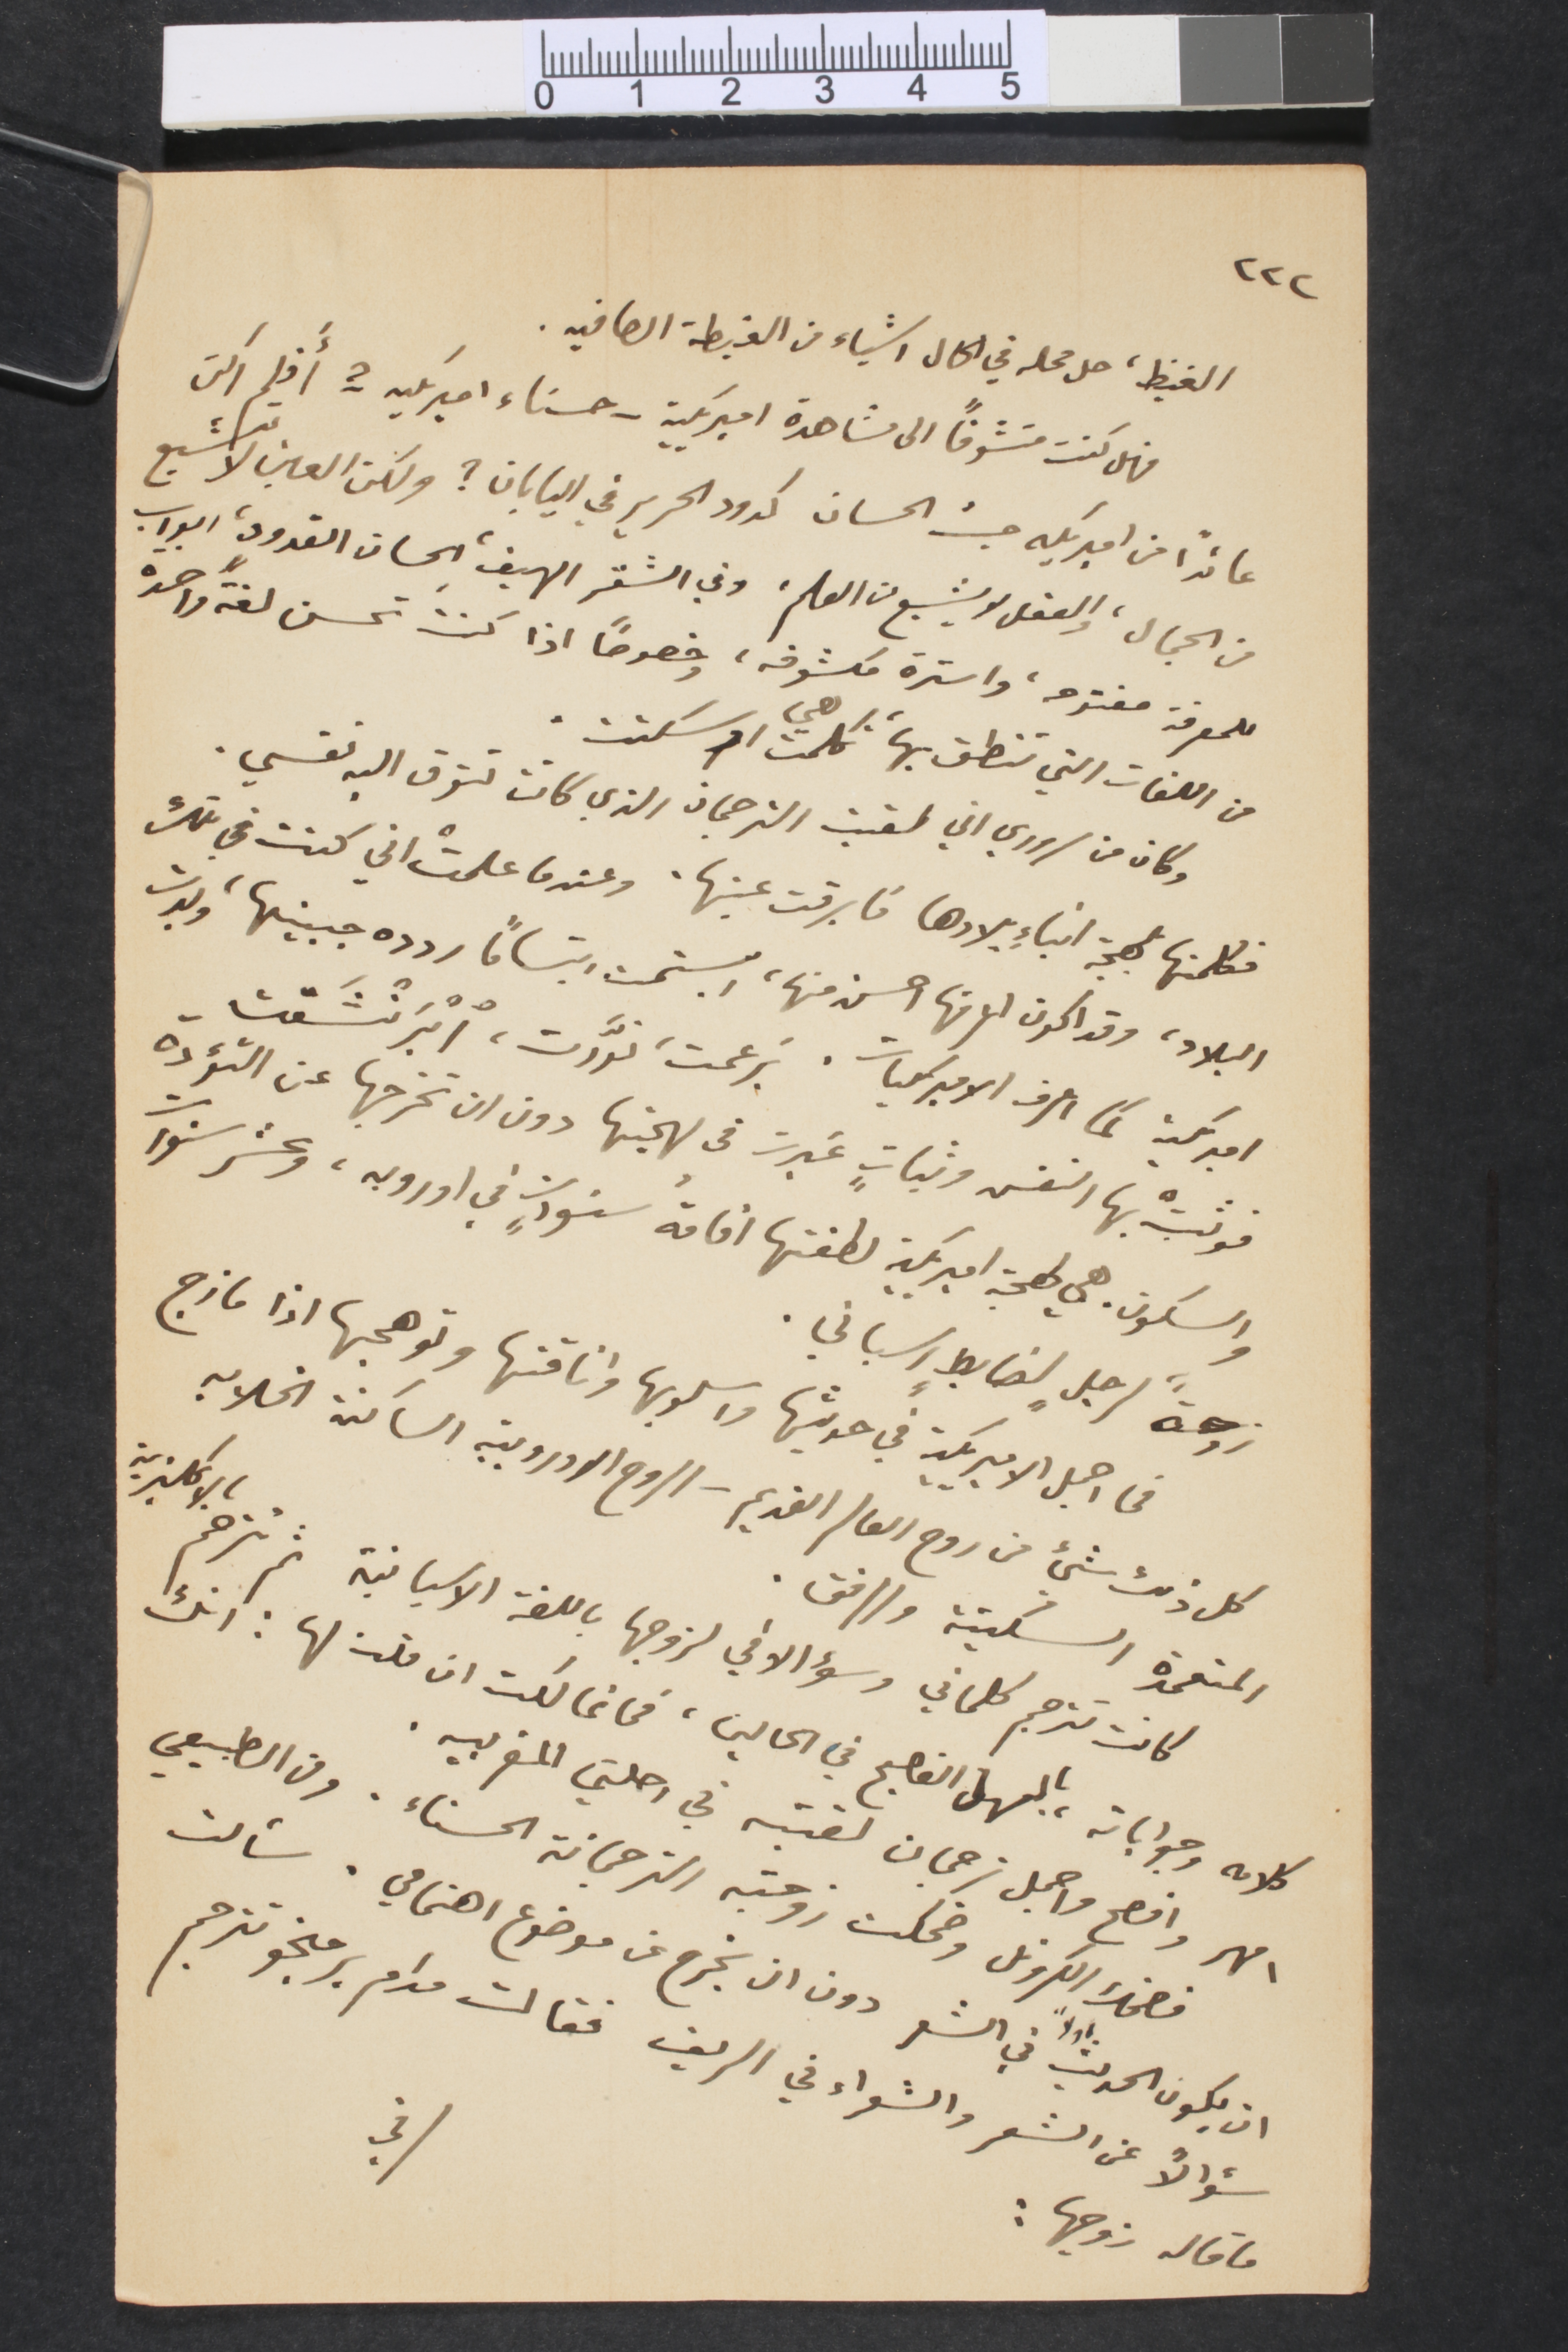
٢٢٢
الغيظ، حل محله في الحال اشياء من الغبطة الصافيه.
فهل كنت متشوقًا الى مشاهدة أميركية - حسناء أميركية - ؟ أَفلم ركن
عائدًا من اميركيه حيث الحسان كدود الحرير في اليابان؟ ولكن العين لا تشبع
من الجمال، والعقل لا يشبع من العلم، وفي الشقر الهيف الحسان القدون ابوآب
للمعرفة مفتوحه، واسترة مكشوفة، وخصوصًا اذا كنت تحسن لغة واحدة
من اللغات التي تنطق بها، تكلمت معي او سكتت.
وكان من سروري اني لقيت الترجمان الذي كانت تتوق اليه نفسي.
فكلمنها لهجة أبناء بلادها فأبرقت عينها. وعندما علمت اني كنت في تلك
البلاد، وقد اكون لامنها احسن منها، ابتسمت ابتسامًا ررده جبينها، وبدت
أميركية كما اعرف الاميركيات، برعمت، نوّرت، ابرَنُشتت.
فوثبت بها النفس وثبات غيرت في لهجتها دون ان تخرجها عن التؤدة
والسكون. هي لهجة اميركية لطفتها اقامة سنوات في اوروبه، وعشر سنوات
زوجة لرجل لضابط اسباني.
من اجمل الأميركية في حديثها واسلوبها واناقتها وتوهجها اذا مازج
كل ذلك شيء من روح العالم القديم  - الروح الاوروبية الساكنة الخلابة
المتعمدة السكينة والرفق.
كانت تترجم كلماتي وسؤالاتي لزوجها باللغة الاسبانية ثم تترجك بالانكليزية
كلامه وجواباته، بالمهل الفصيح في الحالين، فما تمالكت ان قلت لها: انك
امهر وافصح واجمل ترجمان لقيته في رحلتي المغربية.
فضحك الكلونل وضحكت زوجته الترجمانة الحسناء. ومن الطبيعي
في
ان يكون الحديث أولًأ في الشعر دون ان يخرج عن موضوع اهتمامي، سألت
سؤالًأ عن الشعر والشعراء في الريف، فقالت مدام برمنجو تترجم
ما قاله زوحها: